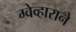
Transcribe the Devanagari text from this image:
ग्वेव्हाराने